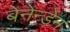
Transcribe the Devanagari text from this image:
बेनेन्डेन